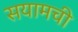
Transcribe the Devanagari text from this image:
सयामची